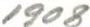
1908